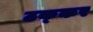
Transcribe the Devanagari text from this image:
ठक्‍कर